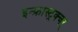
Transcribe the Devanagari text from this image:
इन्फ्रास्ट्रक्चर्